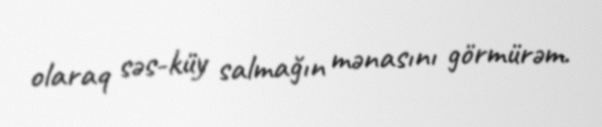
olaraq səs-küy salmağın mənasını görmürəm.